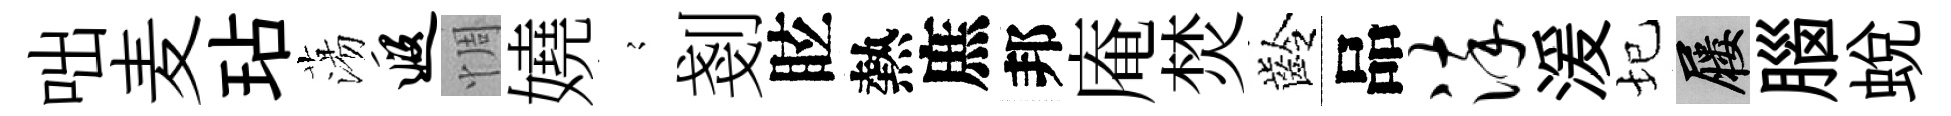
咄麦玷蕩遐惆嬈𡪹剗眩熱庶邦庵焚齡品淬湲圮屨腦蛻